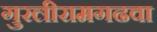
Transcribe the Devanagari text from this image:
गुरलीरामगढवा